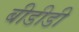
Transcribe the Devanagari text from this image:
बीडीडी